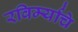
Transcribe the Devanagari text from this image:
रविर्म्याचे